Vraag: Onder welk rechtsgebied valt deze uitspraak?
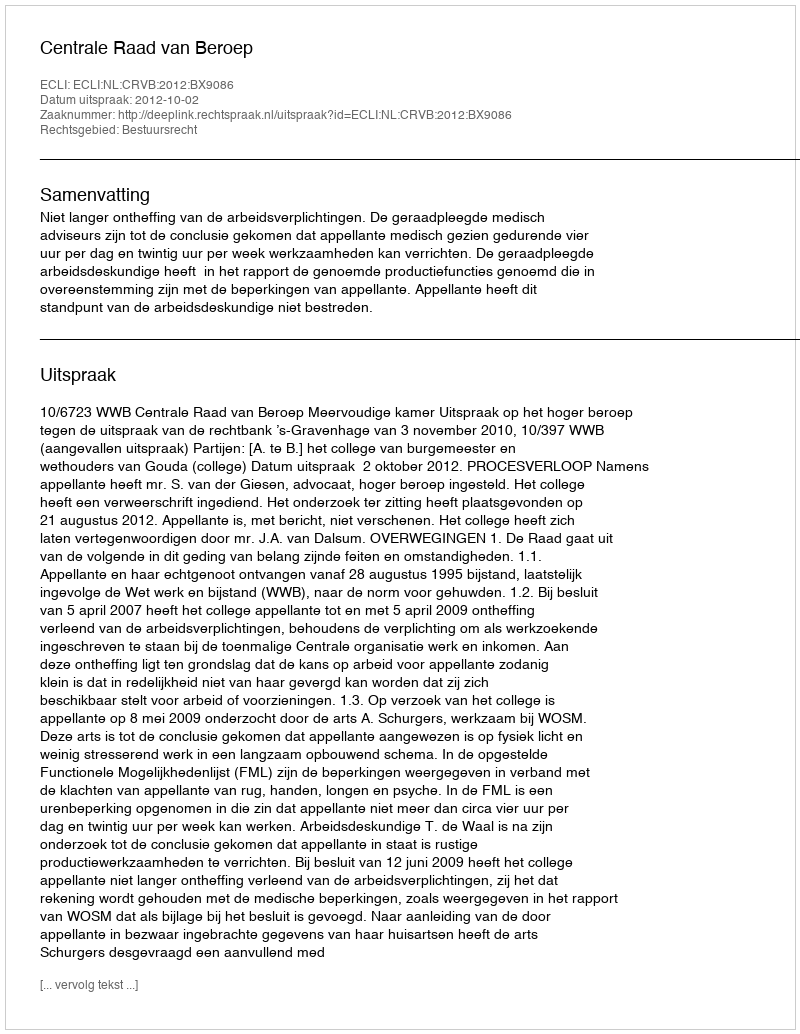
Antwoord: Bestuursrecht